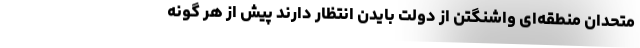
متحدان منطقه‌ای واشنگتن از دولت بایدن انتظار دارند پیش از هر گونه